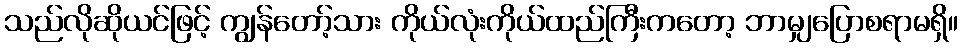
သည်လိုဆိုယင်ဖြင့် ကျွန်တော့်သား ကိုယ်လုံးကိုယ်ထည်ကြီးကတော့ ဘာမျှပြောစရာမရှိ။